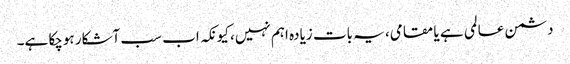
دشمن عالمی ہے یا مقامی، یہ بات زیادہ اہم نہیں، کیونکہ اب سب آشکار ہوچکا ہے۔